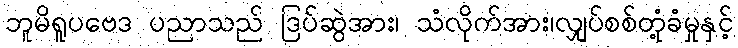
ဘူမိရူပဗေဒ ပညာသည် ဒြပ်ဆွဲအား၊ သံလိုက်အား၊လျှပ်စစ်တုံ့ခံမှုနှင့်